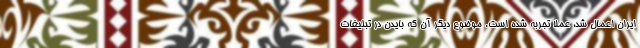
ایران اعمال شد، عملاً تجربه شده است. موضوع دیگر آن که بایدن در تبلیغات